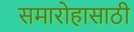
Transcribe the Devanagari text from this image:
समारोहासाठी